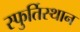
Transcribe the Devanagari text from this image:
स्फुर्तिस्थान